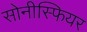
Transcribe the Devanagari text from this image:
सोनीस्फियर